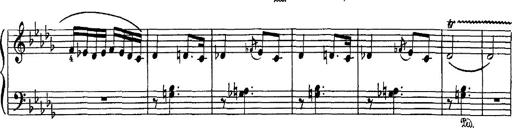
Title: Hungarian Rhapsody No.16
Composer: Franz Liszt
Key: A minor